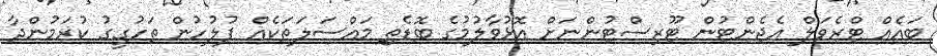
ބައެއް ޓްރެވަލް އެޖެންޓުން ޓޫރިސްޓުންނަށް އޮޅުވާލުމުގެ ބޮޑެތި މައްސަލަތަކެއް ފުލުހުން ތަހުގީގު ކުރަމުންދާ